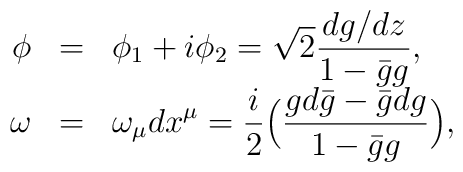
\begin{array}{rcl}  \phi &=& \displaystyle\phi_1+i\phi_2 =\sqrt{2}\frac{dg/dz}{1-\bar{g}g}, \\   \omega &=& \displaystyle\omega_\mu dx^\mu = \frac{i}{2}\Big(             \frac{g d\bar{g} - \bar{g} dg}{1-\bar{g}g} \Big),  \end{array}